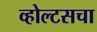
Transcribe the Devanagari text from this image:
व्होल्टसचा